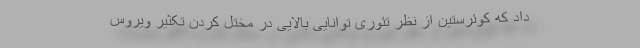
داد که کوئرستین از نظر تئوری توانایی بالایی در مختل کردن تکثیر ویروس